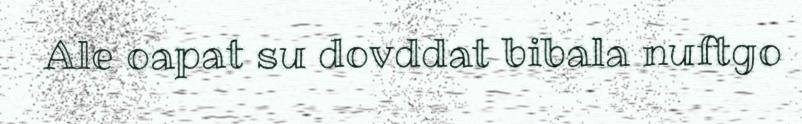
Ale oapat su dovddat bibala nuftgo